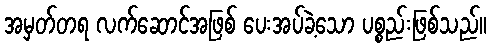
အမှတ်တရ လက်ဆောင်အဖြစ် ပေးအပ်ခဲ့သော ပစ္စည်းဖြစ်သည်။